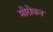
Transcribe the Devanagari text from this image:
मोरोकन